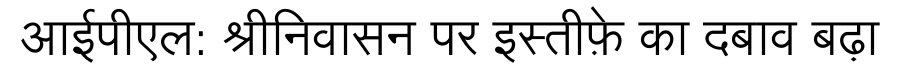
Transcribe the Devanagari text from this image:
आईपीएल: श्रीनिवासन पर इस्तीफ़े का दबाव बढ़ा